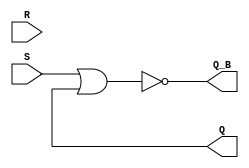
/* NOR_RSFF */

module RSFF ( R, S, Q, Q_B);
input  R, S;
output Q, Q_B;
       nor ( R, S, Q, Q_B);
	   nor ( Q_B, S, Q );
endmodule